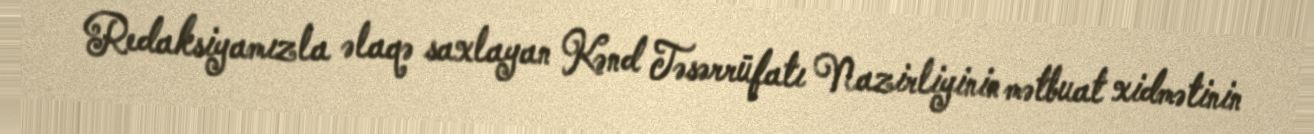
Redaksiyamızla əlaqə saxlayan Kənd Təsərrüfatı Nazirliyinin mətbuat xidmətinin